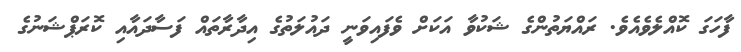
ފާހަގަ ކޮއްލެވެއެވެ. ރައްޔަތުންގެ ޝަކުވާ އަކަށް ވެފައިވަނީ ދައުލަތުގެ އިދާރާތައް ފަސާދައާއި ކޮރަޕްޝަނުގެ